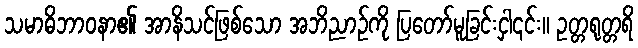
သမာဓိဘာဝနာ၏ အာနိသင်ဖြစ်သော အဘိညာဉ်ကို ပြတော်မူခြင်းငှါ၎င်း။ ဥတ္တရုတ္တရိ